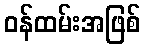
ဝန်ထမ်းအဖြစ်